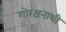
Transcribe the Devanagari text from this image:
गोरक्षनाथी